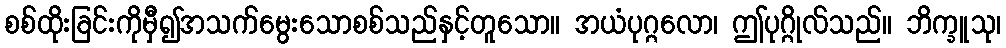
စစ်ထိုးခြင်းကိုမှီ၍အသက်မွေးသောစစ်သည်နှင့်တူသော။ အယံပုဂ္ဂလော၊ ဤပုဂ္ဂိုလ်သည်။ ဘိက္ခူသု၊